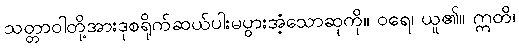
သတ္တာဝါတို့အားဒုစရိုက်ဆယ်ပါးမပွားအံ့သောဆုကို။ ဝရေ၊ ယူ၏။ ဣတိ၊